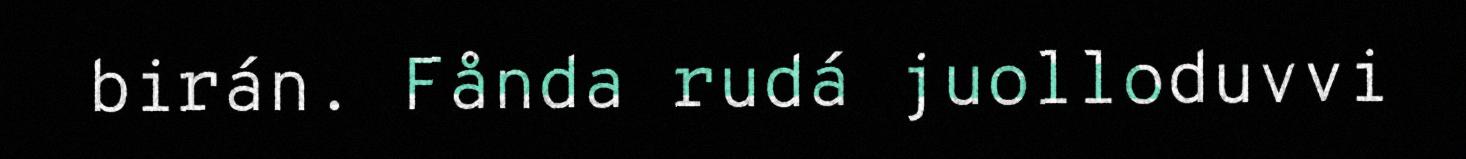
birán. Fånda rudá juolloduvvi